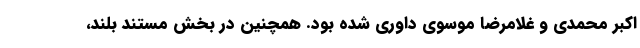
اکبر محمدی و غلامرضا موسوی داوری شده بود. همچنین در بخش مستند بلند،